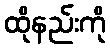
ထိုနည်းကို